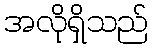
အလိုရှိသည်